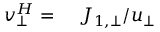
\begin{array} { r l } { v _ { \bot } ^ { H } = } & { { } \ J _ { 1 , \bot } / u _ { \bot } } \end{array}